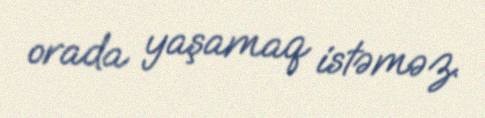
orada yaşamaq istəməz.